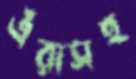
এঁরাসহ